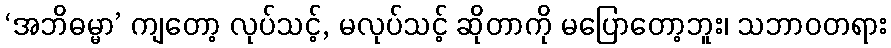
‘အဘိဓမ္မာ’ ကျတော့ လုပ်သင့်, မလုပ်သင့် ဆိုတာကို မပြောတော့ဘူး၊ သဘာဝတရား